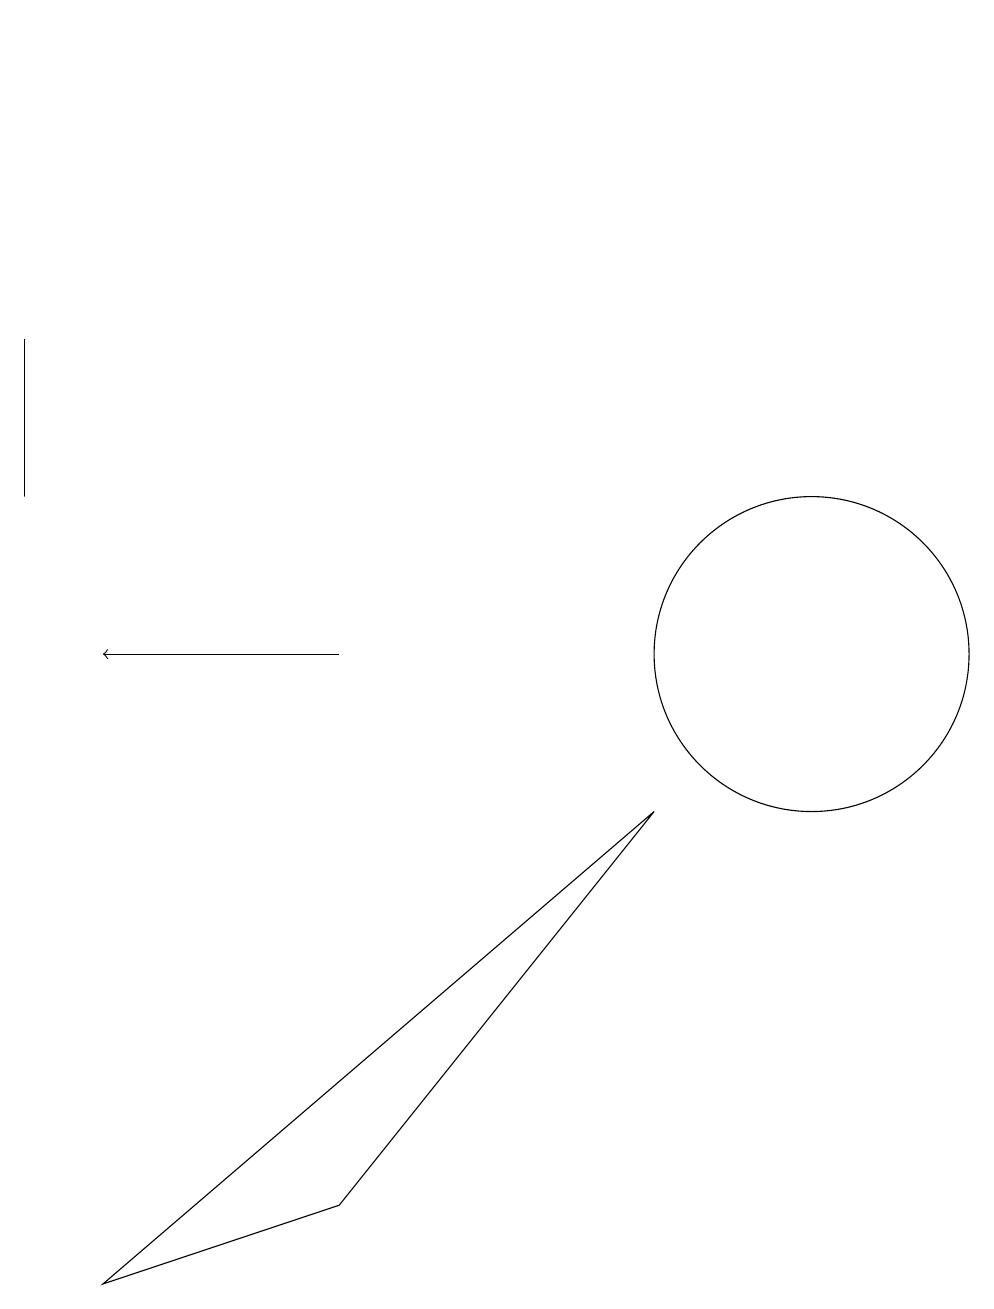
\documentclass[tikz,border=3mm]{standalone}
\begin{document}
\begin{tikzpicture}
\draw[->] (5,11) -- (2,11);
\draw (6,19) rectangle (6,19);
\draw (11,11) circle (2);
\draw (9,9) -- (2,3) -- (5,4) -- cycle;
\draw (1,15) rectangle (1,13);
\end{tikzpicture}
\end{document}